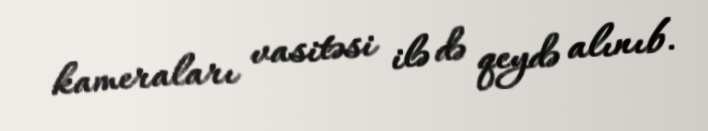
kameraları vasitəsi ilə də qeydə alınıb.